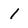
Character: 1